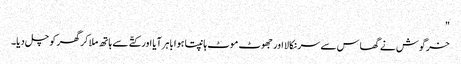
"
خرگوش نے گھاس سے سر نکالا اور جھوٹ موٹ ہانپتا ہوا باہر آیا اور کتّے سے ہاتھ ملا کر گھر کو چل دیا۔